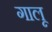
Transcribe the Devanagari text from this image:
गालू